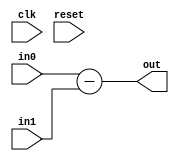
module Subtractor_0x422b1f52edd46a85
(
  input  wire [   0:0] clk,
  input  wire [  15:0] in0,
  input  wire [  15:0] in1,
  output reg  [  15:0] out,
  input  wire [   0:0] reset
);



  // PYMTL SOURCE:
  //
  // @s.combinational
  // def comb_logic():
  //       s.out.value = s.in0 - s.in1

  // logic for comb_logic()
  always @ (*) begin
    out = (in0-in1);
  end


endmodule